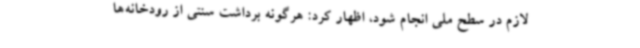
لازم در سطح ملی انجام شود، اظهار کرد: هرگونه برداشت سنتی از رودخانه‌ها